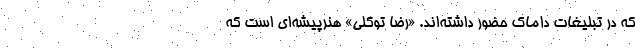
که در تبلیغات داماک حضور داشته‌اند. «رضا توکلی» هنرپیشه‌ای است که